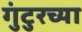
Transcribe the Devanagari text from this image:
गुंटुरच्या